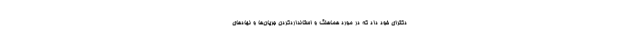
دكتراى خود داد كه در مورد هماهنگ و استانداردكردن جریان‌ها و نهادهاى